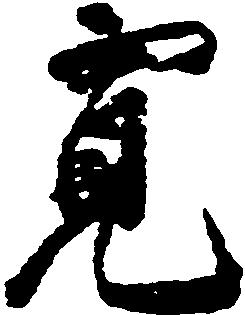
寛